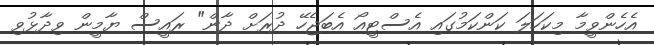
އެހެންވީމާ މިކަހަލަ ކަންކަމުގައި އެސްޓީއޯ އެބަޖެހޭ ދުރަށް ދާން" ރައީސް ޔާމީން ވިދާޅުވި